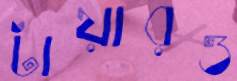
টায়ারও